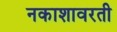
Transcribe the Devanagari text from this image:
नकाशावरती